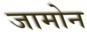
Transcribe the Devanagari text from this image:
जामोन